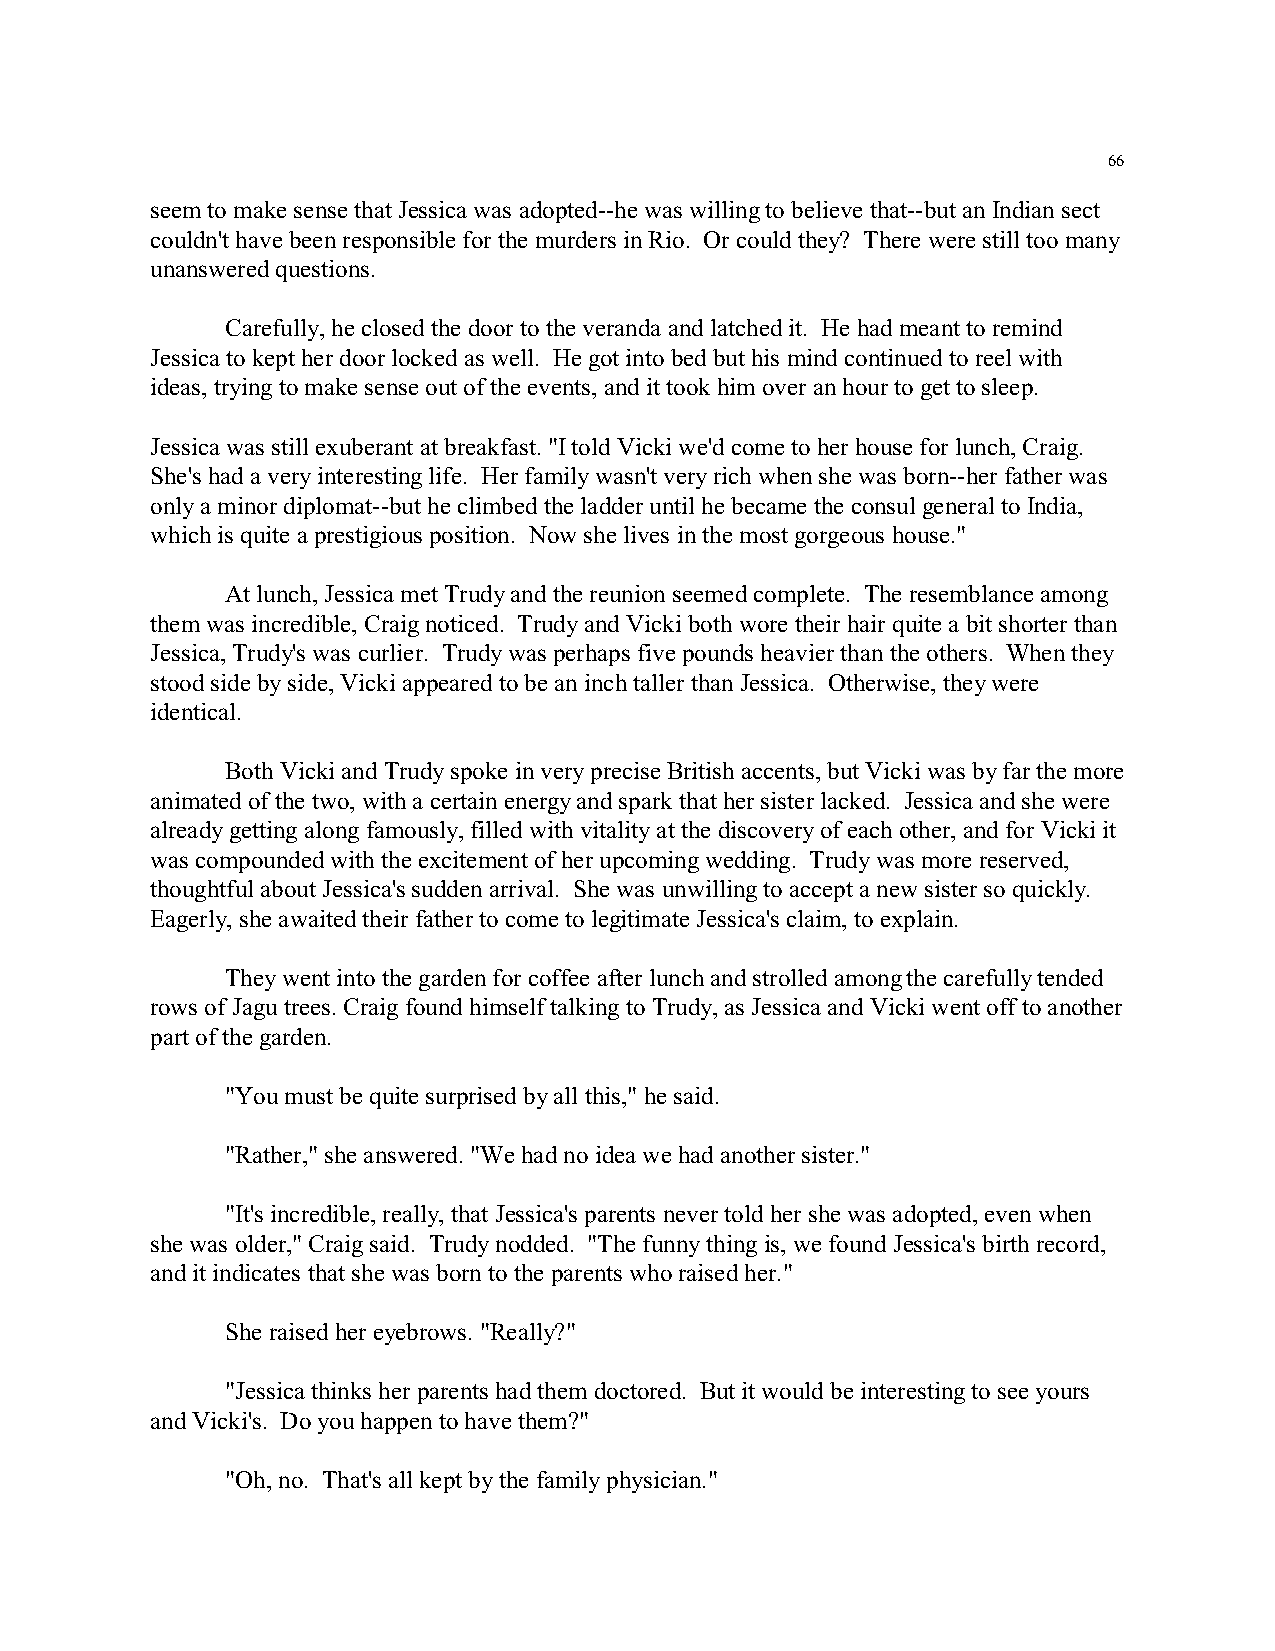
66
 seem to make sense that Jessica was adopted--he was willing to believe that--but an Indian sect
 couldn't have been responsible for the murders in Rio. Or could they? There were still too many
 unanswered questions.
 Carefully, he closed the door to the veranda and latched it. He had meant to remind
 Jessica to kept her door locked as well. He got into bed but his mind continued to reel with
 ideas, trying to make sense out of the events, and it took him over an hour to get to sleep.
 Jessica was still exuberant at breakfast. "I told Vicki we'd come to her house for lunch, Craig.
 She's had a very interesting life. Her family wasn't very rich when she was born--her father was
 only a minor diplomat--but he climbed the ladder until he became the consul general to India,
 which is quite a prestigious position. Now she lives in the most gorgeous house."
 At lunch, Jessica met Trudy and the reunion seemed complete. The resemblance among
 them was incredible, Craig noticed. Trudy and Vicki both wore their hair quite a bit shorter than
 Jessica, Trudy's was curlier. Trudy was perhaps five pounds heavier than the others. When they
 stood side by side, Vicki appeared to be an inch taller than Jessica. Otherwise, they were
 identical.
 Both Vicki and Trudy spoke in very precise British accents, but Vicki was by far the more
 animated of the two, with a certain energy and spark that her sister lacked. Jessica and she were
 already getting along famously, filled with vitality at the discovery of each other, and for Vicki it
 was compounded with the excitement of her upcoming wedding. Trudy was more reserved,
 thoughtful about Jessica's sudden arrival. She was unwilling to accept a new sister so quickly.
 Eagerly, she awaited their father to come to legitimate Jessica's claim, to explain.
 They went into the garden for coffee after lunch and strolled among the carefully tended
 rows of Jagu trees. Craig found himself talking to Trudy, as Jessica and Vicki went off to another
 part of the garden.
 "You must be quite surprised by all this," he said.
 "Rather," she answered. "We had no idea we had another sister."
 "It's incredible, really, that Jessica's parents never told her she was adopted, even when
 she was older," Craig said. Trudy nodded. "The funny thing is, we found Jessica's birth record,
 and it indicates that she was born to the parents who raised her."
 She raised her eyebrows. "Really?"
 "Jessica thinks her parents had them doctored. But it would be interesting to see yours
 and Vicki's. Do you happen to have them?"
 "Oh, no. That's all kept by the family physician."